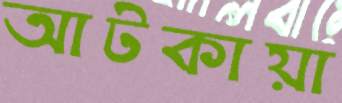
আটকায়া